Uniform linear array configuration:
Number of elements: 64
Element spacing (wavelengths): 0.75
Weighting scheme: uniform
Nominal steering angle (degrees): -45
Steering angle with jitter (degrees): -46.496
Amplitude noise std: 0.05
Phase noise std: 0.05

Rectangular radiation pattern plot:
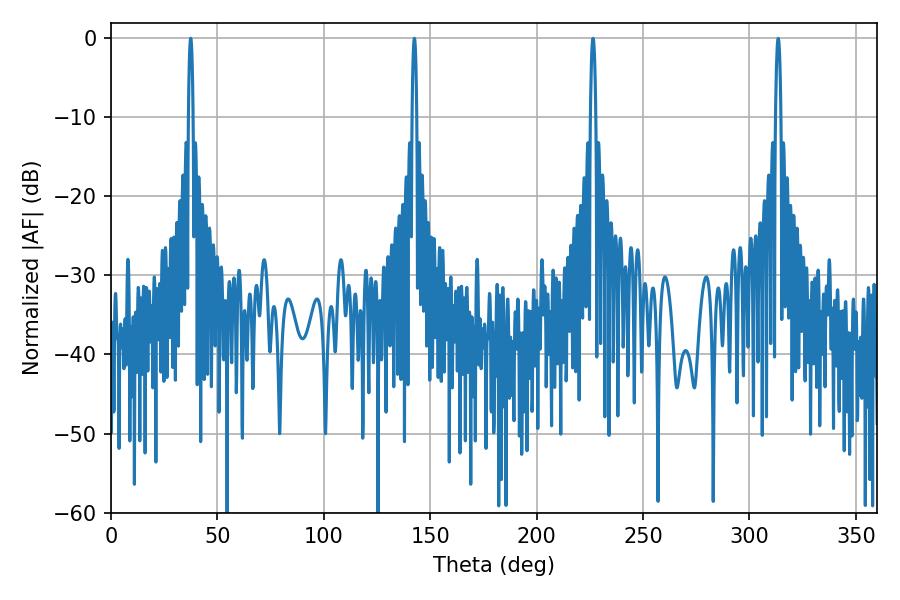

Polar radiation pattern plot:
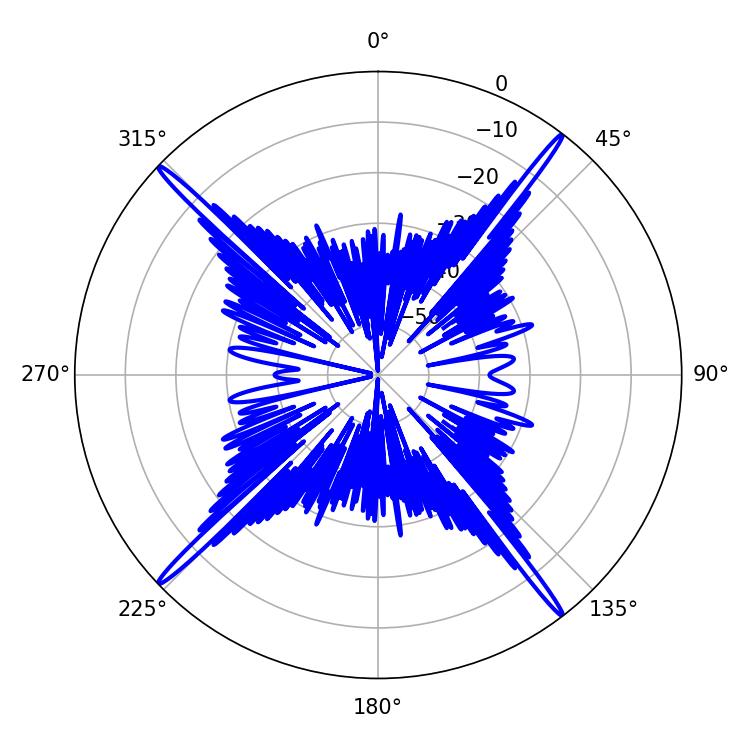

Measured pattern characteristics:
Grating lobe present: TRUE
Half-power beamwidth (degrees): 1.08
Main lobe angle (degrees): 37.44